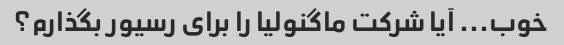
خوب... آیا شرکت ماگنولیا را برای رسیور بگذارم؟